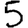
Digit: 5